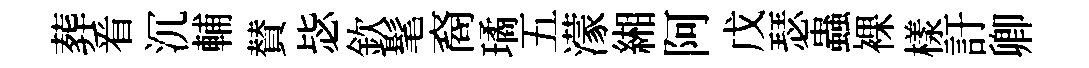
葬㸔沉輔賛毖欽髦裔璚五濛緗阿戊瑟蟲裸樣訏卿